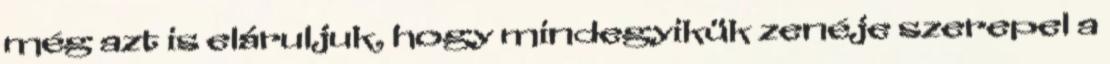
még azt is eláruljuk, hogy mindegyikük zenéje szerepel a